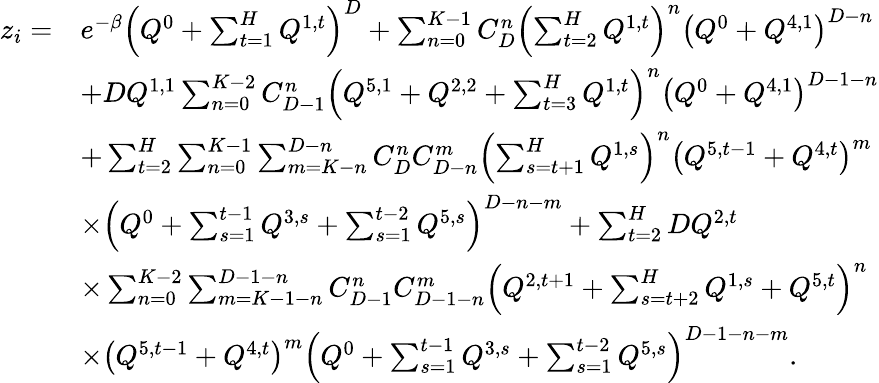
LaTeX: \begin{array}{rl}{z_{i}=}&{e^{-\beta}\left(Q^{0}+\sum_{t=1}^{H}Q^{1,t}\right)^{D}+\sum_{n=0}^{K-1}C_{D}^{n}\left(\sum_{t=2}^{H}Q^{1,t}\right)^{n}\left(Q^{0}+Q^{4,1}\right)^{D-n}}\\ &{+DQ^{1,1}\sum_{n=0}^{K-2}C_{D-1}^{n}\left(Q^{5,1}+Q^{2,2}+\sum_{t=3}^{H}Q^{1,t}\right)^{n}\left(Q^{0}+Q^{4,1}\right)^{D-1-n}}\\ &{+\sum_{t=2}^{H}\sum_{n=0}^{K-1}\sum_{m=K-n}^{D-n}C_{D}^{n}C_{D-n}^{m}\left(\sum_{s=t+1}^{H}Q^{1,s}\right)^{n}\left(Q^{5,t-1}+Q^{4,t}\right)^{m}}\\ &{\times\left(Q^{0}+\sum_{s=1}^{t-1}Q^{3,s}+\sum_{s=1}^{t-2}Q^{5,s}\right)^{D-n-m}+\sum_{t=2}^{H}DQ^{2,t}}\\ &{\times\sum_{n=0}^{K-2}\sum_{m=K-1-n}^{D-1-n}C_{D-1}^{n}C_{D-1-n}^{m}\left(Q^{2,t+1}+\sum_{s=t+2}^{H}Q^{1,s}+Q^{5,t}\right)^{n}}\\ &{\times\left(Q^{5,t-1}+Q^{4,t}\right)^{m}\left(Q^{0}+\sum_{s=1}^{t-1}Q^{3,s}+\sum_{s=1}^{t-2}Q^{5,s}\right)^{D-1-n-m}.}\end{array}